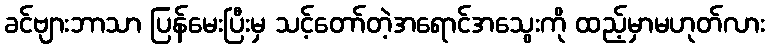
ခင်ဗျားဘာသာ ပြန်မေးပြီးမှ သင့်တော်တဲ့အရောင်အသွေးကို ထည့်မှာမဟုတ်လား